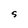
Character: S